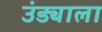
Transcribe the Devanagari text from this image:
उंड्याला